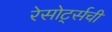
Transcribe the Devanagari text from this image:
रेसोर्ट्सची